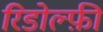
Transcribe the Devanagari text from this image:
रिडोल्फ़ी